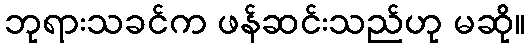
ဘုရားသခင်က ဖန်ဆင်းသည်ဟု မဆို။